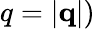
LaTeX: q=|\textbf{q}|)